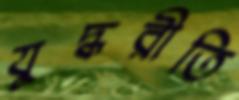
যুদ্ধরীতি